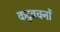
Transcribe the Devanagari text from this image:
कटुवचनों